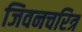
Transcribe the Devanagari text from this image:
जिवनचरित्र